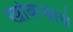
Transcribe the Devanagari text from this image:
खोबर्‍याचे